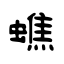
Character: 蟭